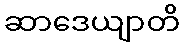
ဆာဒေယျာတိ